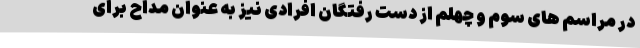
در مراسم های سوم و چهلم از دست رفتگان افرادی نیز به عنوان مداح برای